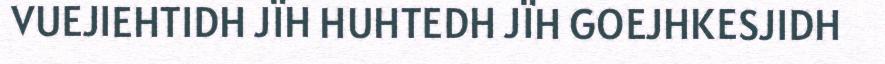
VUEJIEHTIDH JÏH HUHTEDH JÏH GOEJHKESJIDH